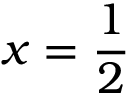
x = { \frac { 1 } { 2 } }